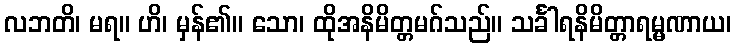
လဘတိ၊ မရ။ ဟိ၊ မှန်၏။ သော၊ ထိုအနိမိတ္တမဂ်သည်။ သင်္ခါရနိမိတ္တာရမ္မဏာယ၊